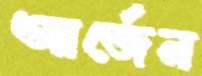
আর্জেন